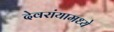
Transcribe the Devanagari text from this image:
देवरांयामध्ये